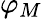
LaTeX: \varphi_{M}